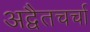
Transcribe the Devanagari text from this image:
अद्वैतचर्चा